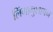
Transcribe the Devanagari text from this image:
लिंगानुशाषन